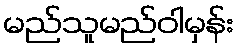
မည်သူမည်ဝါမှန်း